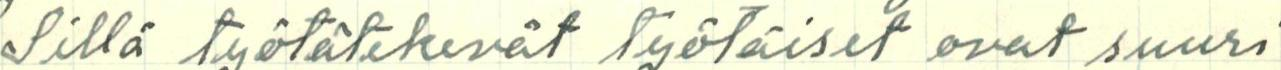
Sillä työtätekevät työläiset ovat suuri